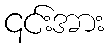
၎င်းအား